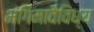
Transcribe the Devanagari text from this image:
भंगिमावैविध्य